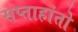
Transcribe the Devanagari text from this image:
सप्ताहांतो